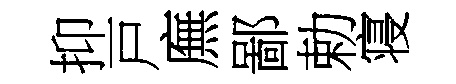
抑戸廡鄙勅寝